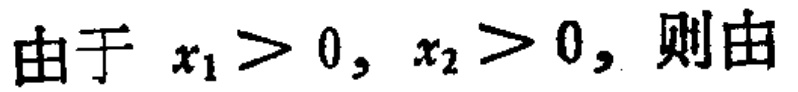
由于 \(x_{1} > 0, x_{2} > 0,\) 则由